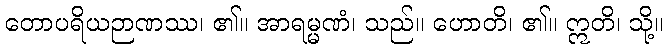
တောပရိယဉာဏဿ၊ ၏။ အာရမ္မဏံ၊ သည်။ ဟောတိ၊ ၏။ ဣတိ၊ သို့။